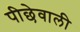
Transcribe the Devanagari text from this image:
पीछेवाली